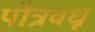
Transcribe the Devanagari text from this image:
पौत्रवधू